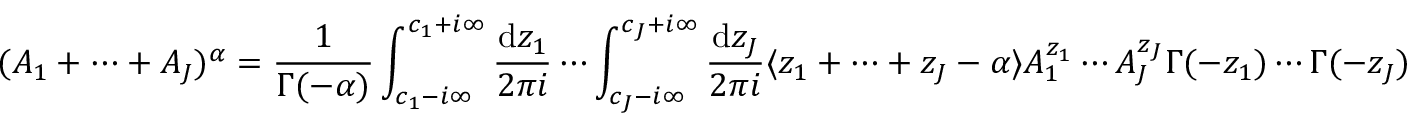
( A _ { 1 } + \cdots + A _ { J } ) ^ { \alpha } = \frac { 1 } { \Gamma ( - \alpha ) } \int _ { c _ { 1 } - i \infty } ^ { c _ { 1 } + i \infty } \frac { \mathrm { d } z _ { 1 } } { 2 \pi i } \cdots \int _ { c _ { J } - i \infty } ^ { c _ { J } + i \infty } \frac { \mathrm { d } z _ { J } } { 2 \pi i } \langle z _ { 1 } + \cdots + z _ { J } - \alpha \rangle A _ { 1 } ^ { z _ { 1 } } \cdots A _ { J } ^ { z _ { J } } \Gamma ( - z _ { 1 } ) \cdots \Gamma ( - z _ { J } )